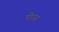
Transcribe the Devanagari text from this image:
पोरुर